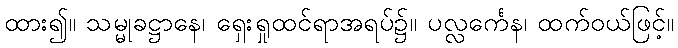
ထား၍။ သမ္မုခဋ္ဌာနေ၊ ရှေးရှုထင်ရာအရပ်၌။ ပလ္လင်္ကေန၊ ထက်ဝယ်ဖြင့်။